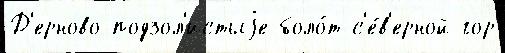
Д'ерново-подзол'истыjе боло́т с'е́в'ерной гор